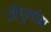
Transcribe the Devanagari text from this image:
जोगुलांबा